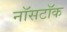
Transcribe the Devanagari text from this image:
नॉसटॉक